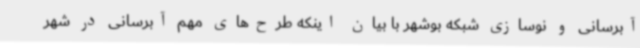
آبرسانی و نوسازی شبکه بوشهر با بیان اینکه طرح‌های مهم آبرسانی در شهر